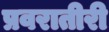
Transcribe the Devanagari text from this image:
प्रवरातीरी